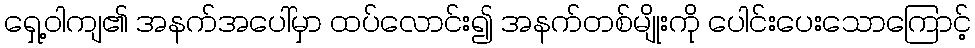
ရှေ့ဝါကျ၏ အနက်အပေါ်မှာ ထပ်လောင်း၍ အနက်တစ်မျိုးကို ပေါင်းပေးသောကြောင့်